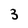
Character: 3